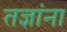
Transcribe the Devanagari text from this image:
तज्ञांना